Indian journal of veterinary science and animal husbandry - Volumes 22-23, 1952-1953
Year: 1952
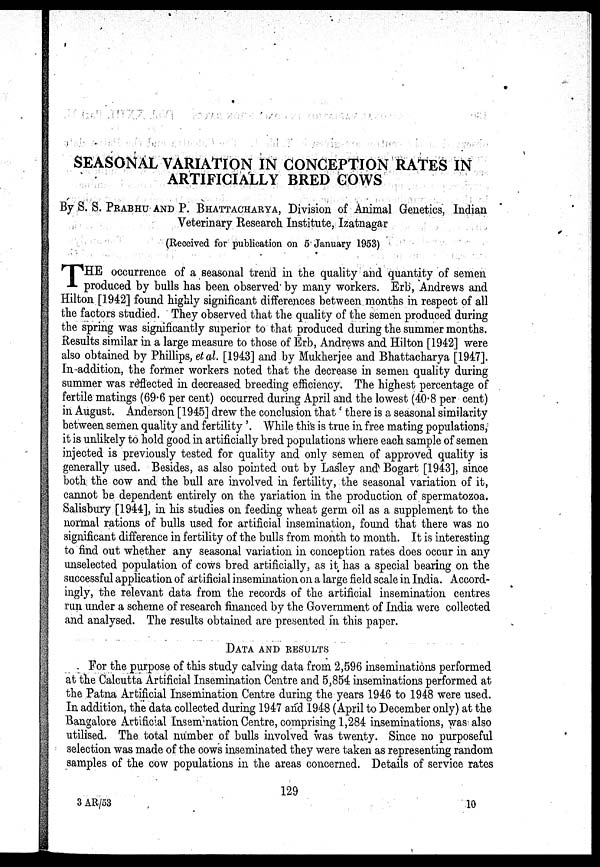
SEASONAL VARIATION IN CONCEPTION RATES IN
ARTIFICIALLY BRED COWS
By S. S. PRABHU AND P. BHATTACHARYA, Division of Animal Genetics, Indian
Veterinary Research Institute, Izatnagar
(Received for publication on 5 January 1953)
T HE occurrence of a seasonal trend in the quality and quantity of semen
produced by bulls has been observed by many workers. Erb, Andrews and
Hilton [1942] found highly significant differences between months in respect of all
the factors studied. They observed that the quality of the semen produced during
the spring was significantly superior to that produced during the summer months.
Results similar in a large measure to those of Erb, Andrews and Hilton [1942] were
also obtained by Phillips, et al. [1943] and by Mukherjee and Bhattacharya [1947].
In addition, the former workers noted that the decrease in semen quality during
summer was reflected in decreased breeding efficiency. The highest percentage of
fertile matings (69.6 per cent) occurred during April and the lowest (40.8 per cent)
in August. Anderson [1945] drew the conclusion that 'there is a seasonal similarity
between semen quality and fertility'. While this is true in free mating populations,
it is unlikely to hold good in artificially bred populations where each sample of semen
injected is previously tested for quality and only semen of approved quality is
generally used. Besides, as also pointed out by Lasley and Bogart [1943], since
both the cow and the bull are involved in fertility, the seasonal variation of it,
cannot be dependent entirely on the variation in the production of spermatozoa.
Salisbury [1944], in his studies on feeding wheat germ oil as a supplement to the
normal rations of bulls used for artificial insemination, found that there was no
significant difference in fertility of the bulls from month to month. It is interesting
to find out whether any seasonal variation in conception rates does occur in any
unselected population of cows bred artificially, as it has a special bearing on the
successful application of artificial insemination on a large field scale in India. Accord-
ingly, the relevant data, from the records of the artificial insemination centres
run under a scheme of research financed by the Government of India were collected
and analysed. The results obtained are presented in this paper.
DATA AND RESULTS
For the purpose of this study calving data from 2,596 inseminations performed
at the Calcutta Artificial Insemination Centre and 5,854 inseminations performed at
the Patna Artificial Insemination Centre during the years 1946 to 1948 were used.
In addition, the data collected during 1947 and 1948 (April to December only) at the
Bangalore Artificial Insemination Centre, comprising 1,284 inseminations, was also
utilised. The total number of bulls involved was twenty. Since no purposeful
selection was made of the cows inseminated they were taken as representing random
samples of the cow populations in the areas concerned. Details of service rates
129
3 AR/53
10